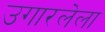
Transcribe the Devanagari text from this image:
उगारलेला